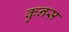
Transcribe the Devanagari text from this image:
कुनस